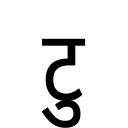
OCR:
टु